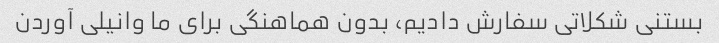
بستنی شکلاتی سفارش دادیم، بدون هماهنگی برای ما وانیلی آوردن